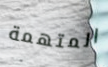
المتهمة